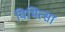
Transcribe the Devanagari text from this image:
विभित्सा